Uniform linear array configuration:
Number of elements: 48
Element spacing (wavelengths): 0.25
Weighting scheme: hamming
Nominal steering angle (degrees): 45
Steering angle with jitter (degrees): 43.388
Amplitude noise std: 0.05
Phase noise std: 0.05

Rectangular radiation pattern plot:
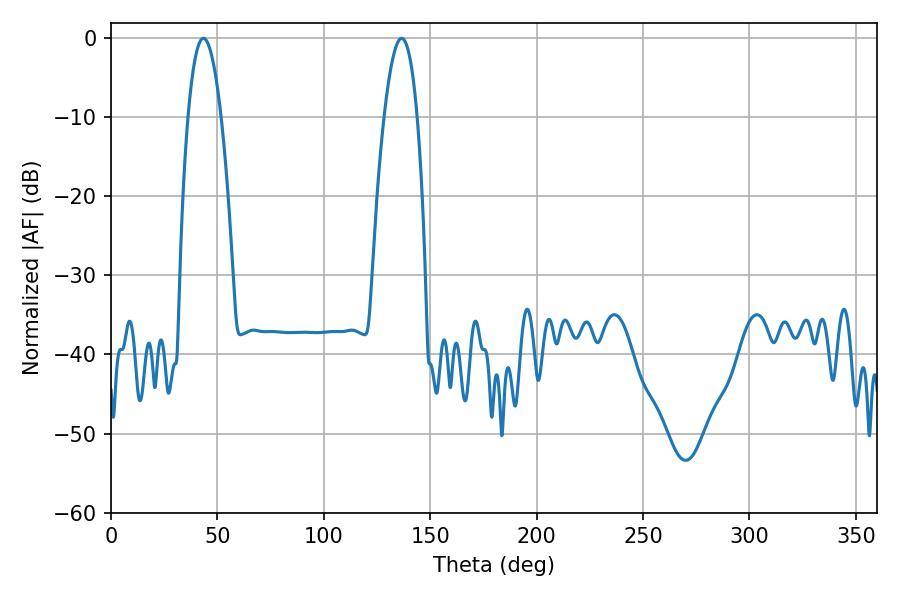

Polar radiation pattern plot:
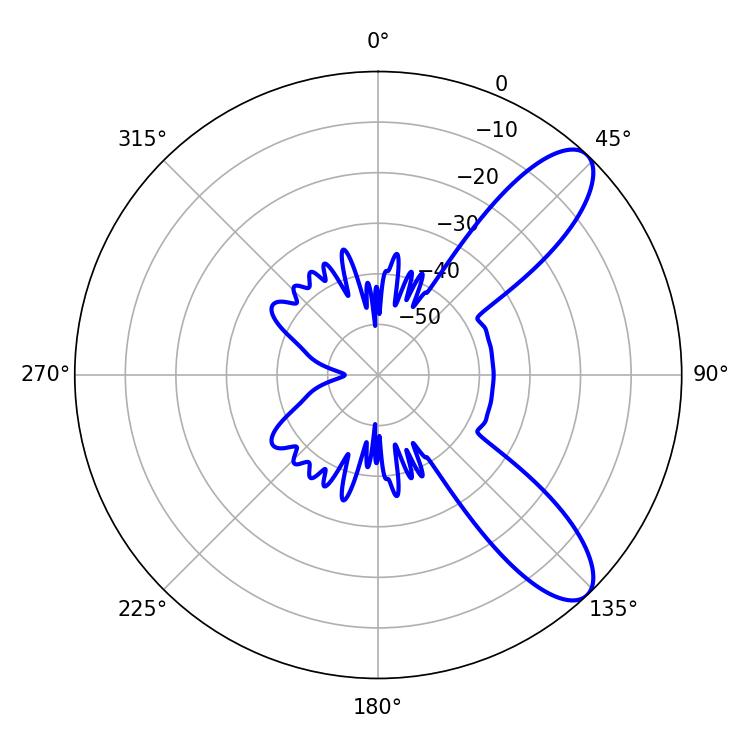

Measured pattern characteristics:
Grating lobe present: FALSE
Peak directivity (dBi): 9.549
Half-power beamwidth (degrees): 8.64
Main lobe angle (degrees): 43.38